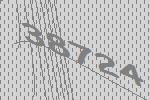
38724